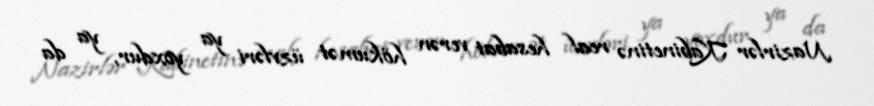
Nazirlər Kabinetinə real hesabat verən hökumət üzvləri ya yoxdur, ya da